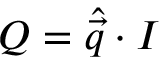
Q = \widehat { \vec { q } } \cdot \boldsymbol { I }